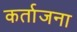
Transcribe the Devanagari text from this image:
कर्ताजना